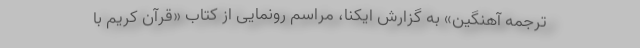
ترجمه آهنگین» به گزارش ایکنا، مراسم رونمایی از کتاب «قرآن کریم با